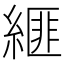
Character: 𦃄